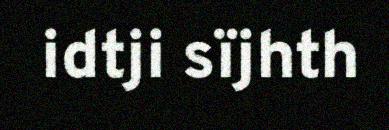
idtji sïjhth